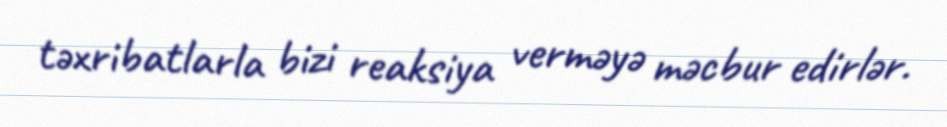
təxribatlarla bizi reaksiya verməyə məcbur edirlər.